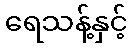
ရေသန့်နှင့်